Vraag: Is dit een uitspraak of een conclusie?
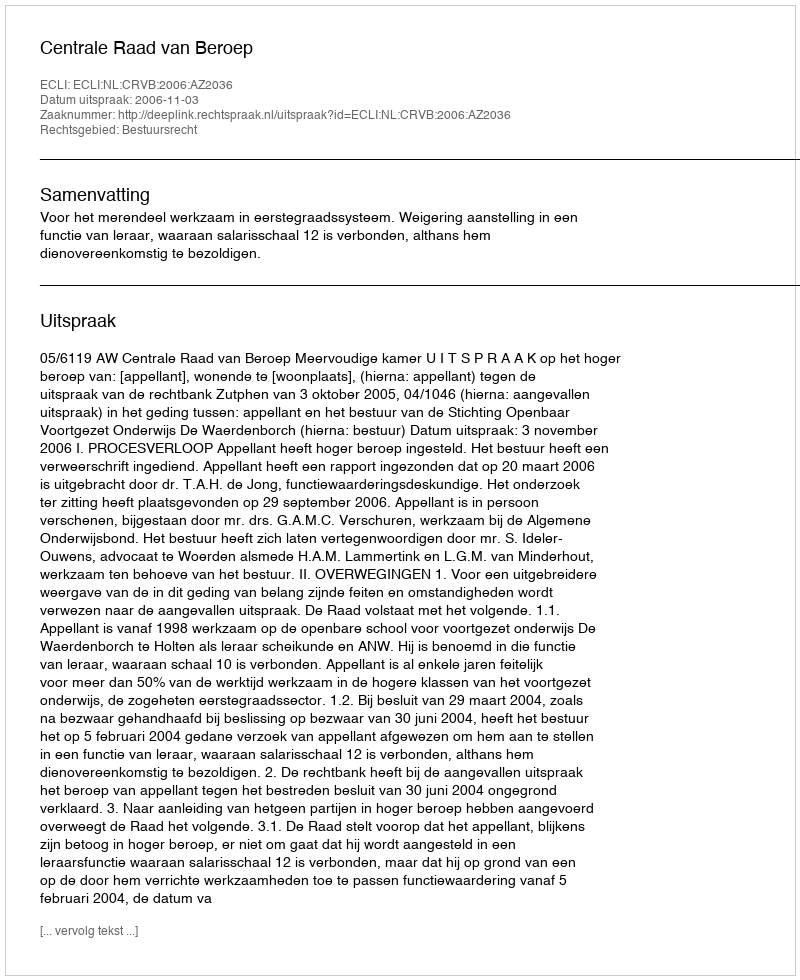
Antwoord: Uitspraak